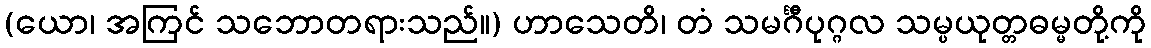
(ယော၊ အကြင် သဘောတရားသည်။) ဟာသေတိ၊ တံ သမင်္ဂီပုဂ္ဂလ သမ္ပယုတ္တဓမ္မတို့ကို